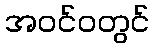
အဝင်ဝတွင်